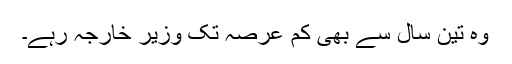
وہ تین سال سے بھی کم عرصہ تک وزیر خارجہ رہے۔